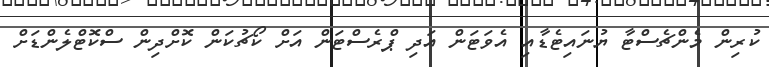
ކުރިން މެންޗެސްޓާ ޔުނައިޓެޑާއި އެވަޓަން އަދި ޕްރެސްޓަން އަށް ކޯޗުކަން ކޮށްދިން ސްކޮޓްލެންޑަށް